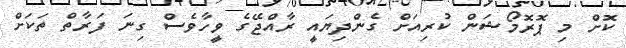
ކޮށް މި ޕޮރޮމޯޝަން ކުރިއަށް ގެންދިޔައީ ރާއްޖޭގެ ވީހާވެސް ގިނަ ފަރާތް ތަކަށް